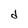
Character: d